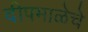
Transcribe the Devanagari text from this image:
दीपमाळेचे